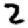
Digit: 2